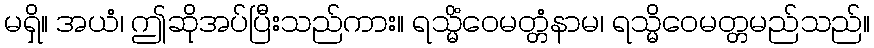
မရှိ။ အယံ၊ ဤဆိုအပ်ပြီးသည်ကား။ ရသ္မိံဝေမတ္တံနာမ၊ ရသ္မိဝေမတ္တမည်သည်။